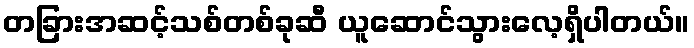
တခြားအဆင့်သစ်တစ်ခုဆီ ယူဆောင်သွားလေ့ရှိပါတယ်။